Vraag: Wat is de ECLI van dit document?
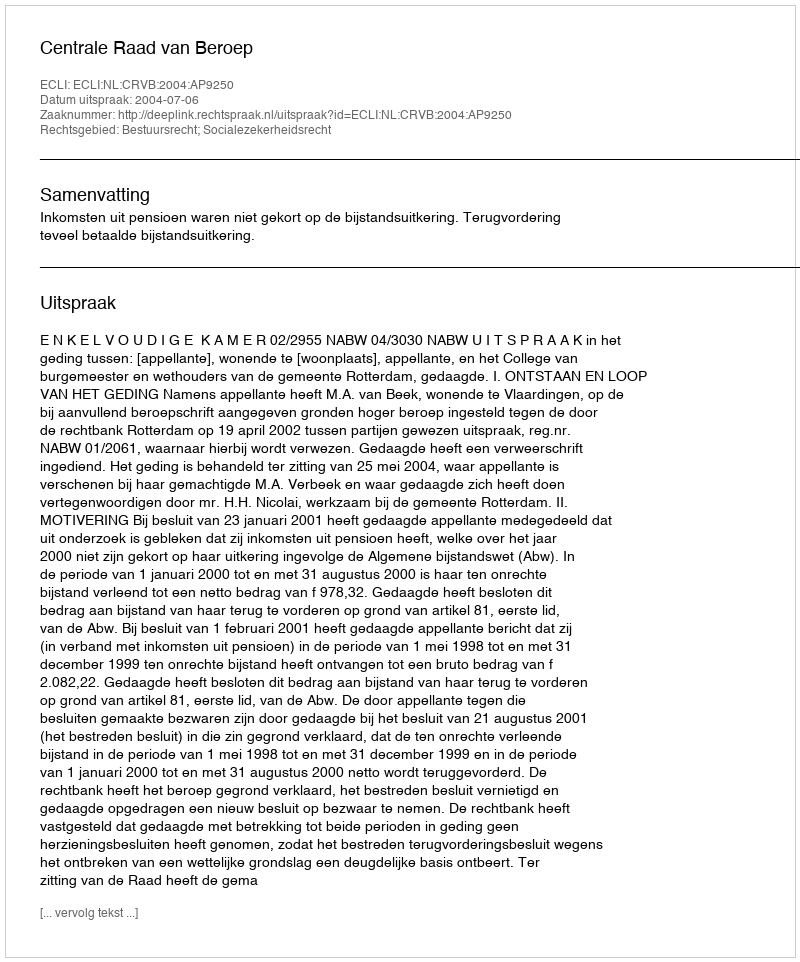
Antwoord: ECLI:NL:CRVB:2004:AP9250